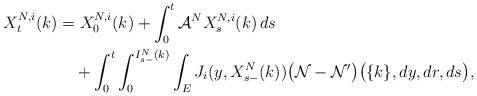
LaTeX: \begin{align*}\begin{aligned} X^{N,i}_t(k)&=X^{N,i}_0(k)+\int_0^t\mathcal{A}^NX^{N,i}_s(k)\,ds\\&\quad+\int_0^t\int_0^{I^N_{s-}(k)}\int_{E}J_i( y,X^N_{s-}(k))\big(\mathcal{N}-\mathcal{N}^{\prime}\big)\big(\{k\},dy,dr,ds\big),\end{aligned}\end{align*}